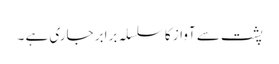
پشت سے آواز کا سلسلہ برابر جاری ہے ۔